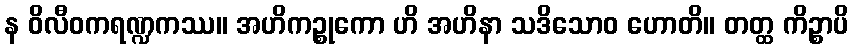
န ဝိလီဝကရဏ္ဍကဿ။ အဟိကဉ္စုကော ဟိ အဟိနာ သဒိသောဝ ဟောတိ။ တတ္ထ ကိဉ္စာပိ